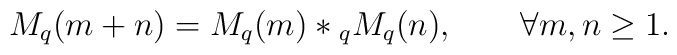
M_q(m+n)=M_q(m)*{}_q M_q(n),\qquad\forall m,n\ge 1.